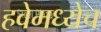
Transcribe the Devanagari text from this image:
हवेमध्येच